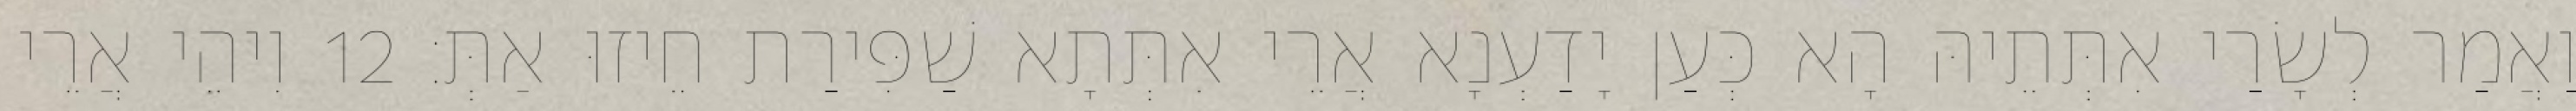
וַאֲמַר לְשָׂרַי אִתְּתֵיהּ הָא כְּעַן יָדַעְנָא אֲרֵי אִתְּתָא שַׁפִּירַת חֵיזוּ אַתְּ׃ 12 וִיהֵי אֲרֵי